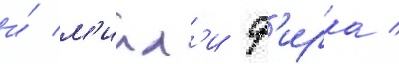
и́ м'илл'и ф'ирка /